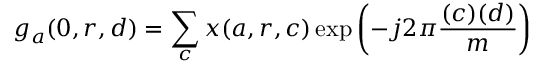
g _ { a } ( 0 , r , d ) = \sum _ { c } x ( a , r , c ) \exp \left( - j 2 \pi { \frac { ( c ) ( d ) } { m } } \right)